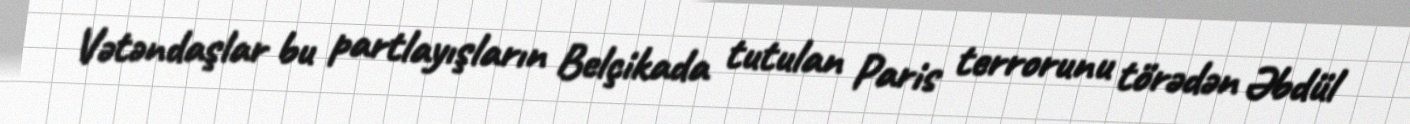
Vətəndaşlar bu partlayışların Belçikada tutulan Paris terrorunu törədən Əbdül